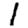
Digit: 1